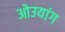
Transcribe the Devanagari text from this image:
ओउयांग